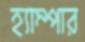
হ্যাম্পার